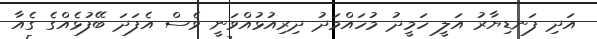
އަދި ފަނޑިޔާރު އަލީ ހަމީދު މުހައްމަދު ދިރިއުޅުއްވަނީ ވެސް އެފަދަ ބޭފުޅެއްގެ ގެއާ